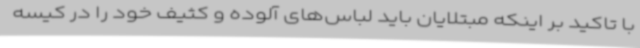
با تاکید بر اینکه مبتلایان باید لباس‌های آلوده و کثیف خود را در کیسه